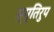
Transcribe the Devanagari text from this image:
स्मृतिरुप